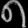
Digit: ၈